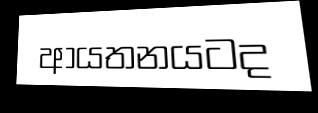
ආයතනයටද